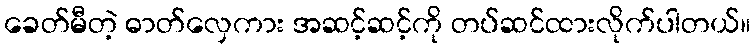
ခေတ်မီတဲ့ ဓာတ်လှေကား အဆင့်ဆင့်ကို တပ်ဆင်ထားလိုက်ပါတယ်။